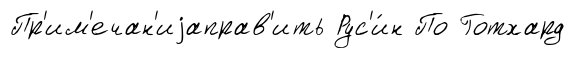
Пр'им'ечан'иjаправ'ить Рус'и́н По Готхард